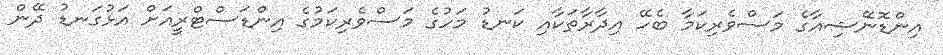
އިންޑޮނޭޝިއާގެ މަސްވެރިކަމާ ބެހޭ އިދާރާތަކާއި ކަނޑު މަހުގެ މަސްވެރިކަމުގެ އިންޑަސްޓްރީއަށް އަޅުގަނޑު ދޭން